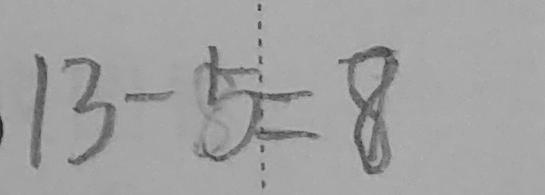
1 3 - 5 = 8